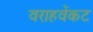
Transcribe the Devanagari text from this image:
वराहवेंकट